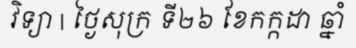
វិទ្យា | ថ្ងៃសុក្រ ទី២៦ ខែកក្កដា ឆ្នាំ